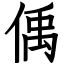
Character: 偊